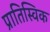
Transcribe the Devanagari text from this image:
प्रातिस्विक